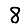
Digit: 8